Indian journal of veterinary science and animal husbandry - Volume 3,
Year: 1933
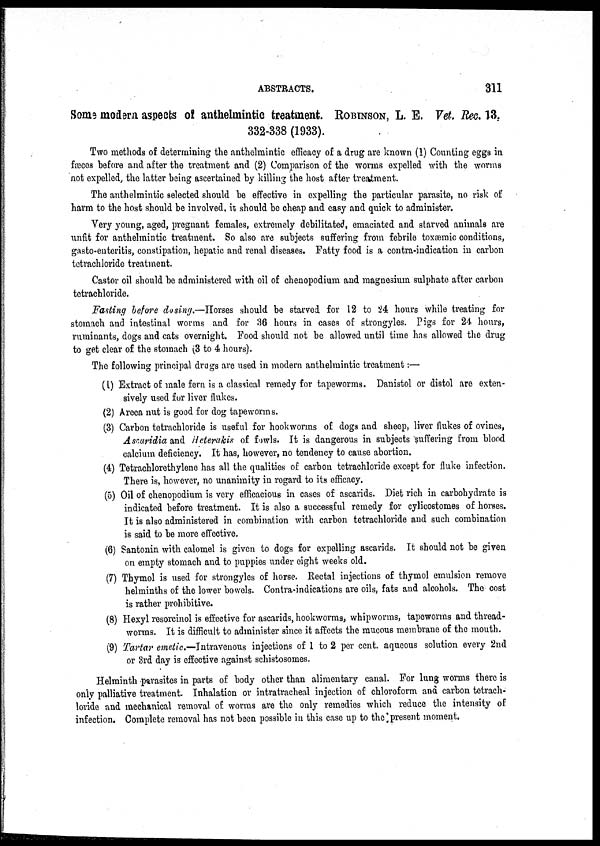
ABSTRACTS.
311
Some modern aspects of anthelmintic treatment. ROBINSON, L. E. Vet-. Rec. 13.
332-338 (1933).
Two methods of determining the anthelmintic efficacy of a drug are known (1) Counting eggs in
fæces before and after the treatment and (2) Comparison of the worms expelled with the worms
not expelled, the latter being ascertained by killing the host after treatment.
The anthelmintic selected should be effective in expelling the particular parasite, no risk of
harm to the host should be involved, it should be cheap and easy and quick to administer.
Very young, aged, pregnant females, extremely debilitated, emaciated and starved animals are
unfit for anthelmintic treatment. So also are subjects suffering from febrile toxæmic conditions,
gasto-enteritis, constipation, hepatic and renal diseases. Fatty food is a contra-indication in carbon
tetrachloride treatment.
Castor oil should be administered with oil of chenopodium and magnesium sulphate after carbon
tetrachloride.
Fasting before dosing.—Horses should be starved for 12 to 24 hours while treating for
stomach and intestinal worms and for 36 hours in cases of strongyles. Pigs for 24 hours,
ruminants, dogs and cats overnight. Food should not be allowed until time has allowed the drug
to get clear of the stomach (3 to 4 hours).
The following principal drugs are used in modern anthelmintic treatment:—
(1) Extract of male fern is a classical remedy for tapeworms. Danistol or distol are exten-
sively used for liver flukes.
(2) Areca nut is good for dog tapeworms.
(3) Carbon tetrachloride is useful for hookworms of dogs and sheep, liver flukes of ovines,
Ascaridia and Heterakis of fowls. It is dangerous in subjects suffering from blood
calcium deficiency. It has, however, no tendency to cause abortion.
(4) Tetrachlorethylene has all the qualities of carbon tetrachloride except for fluke infection.
There is, however, no unanimity in regard to its efficacy.
(5) Oil of chenopodium is very efficacious in cases of ascarids. Diet rich in carbohydrate is
indicated before treatment. It is also a successful remedy for cylicostomes of horses.
It is also administered in combination with carbon tetrachloride and such combination
is said to be more effective.
(6) Santonin with calomel is given to dogs for expelling ascarids. It should not be given
on empty stomach and to puppies under eight weeks old.
(7) Thymol is used for strongyles of horse. Rectal injections of thymol emulsion remove
helminths of the lower bowels. Contra-indications are oils, fats and alcohols. The cost
is rather prohibitive.
(8) Hexyl resorcinol is effective for ascarids, hookworms, whipworms, tapeworms and thread-
worms. It is difficult to administer since it affects the mucous membrane of the mouth.
(9) Tartar emetic—Intravenous injections of 1 to 2 per cent. aqueous solution every 2nd
or 3rd day is effective against schistosomes.
Helminth parasites in parts of body other than alimentary canal. For lung worms there is
only palliative treatment. Inhalation or intratracheal injection of chloroform and carbon tetrach-
loride and mechanical removal of worms are the only remedies which reduce the intensity of
infection. Complete removal has not been possible in this case up to the present moment.